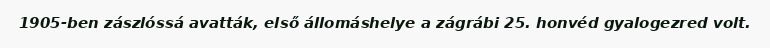
1905-ben zászlóssá avatták, első állomáshelye a zágrábi 25. honvéd gyalogezred volt.